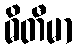
ဓိတီမာ